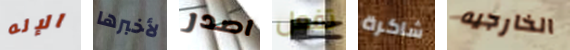
الإله لأخبرها اصدر تفعل شاكرة الخارجيه